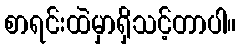
စာရင်းထဲမှာရှိသင့်တာပါ။